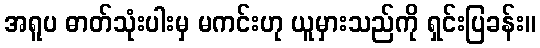
အရူပ ဓာတ်သုံးပါးမှ မကင်းဟု ယူမှားသည်ကို ရှင်းပြခန်း။